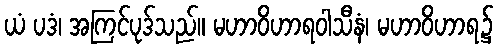
ယံ ပဒံ၊ အကြင်ပုဒ်သည်။ မဟာဝိဟာရဝါသီနံ၊ မဟာဝိဟာရ၌